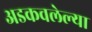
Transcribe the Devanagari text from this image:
अडकवलेल्या